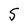
Character: 5